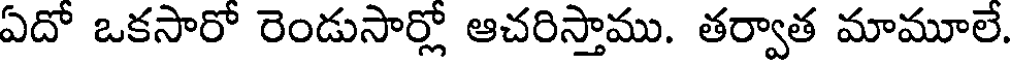
ఏదో ఒకసారో రెండుసార్లో ఆచరిస్తాము. తర్వాత మామూలే.